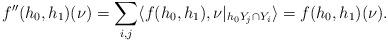
LaTeX: \begin{align*}f''(h_0, h_1)(\nu)=\sum_{i,j}\langle f(h_0, h_1), \nu|_{h_0Y_j\cap Y_i}\rangle=f(h_0, h_1)(\nu).\end{align*}